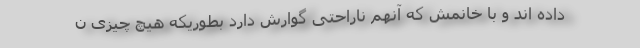
داده اند و با خانمش که آنهم ناراحتی گوارش دارد بطوریکه هیچ چیزی ن